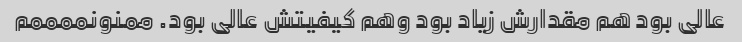
عالی بود هم مقدارش زیاد بود وهم کیفیتش عالی بود. ممنونممممم